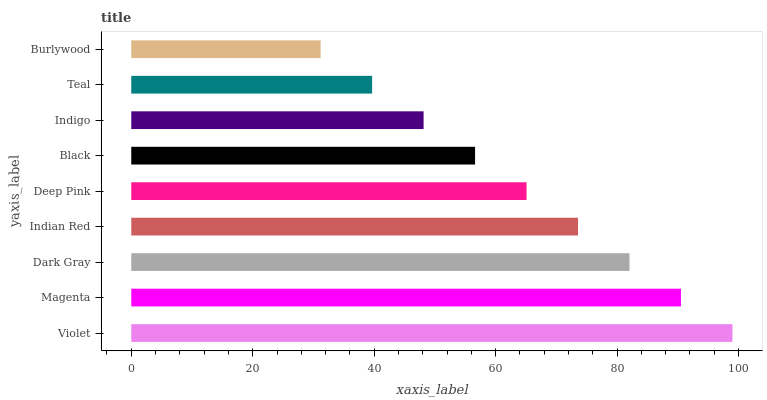
| yaxis_label | bars |
 | --- | --- |
 | Violet | 99 |
 | Magenta | 90.5 |
 | Dark Gray | 82 |
 | Indian Red | 73.6 |
 | Deep Pink | 65.1 |
 | Black | 56.6 |
 | Indigo | 48.1 |
 | Teal | 39.7 |
 | Burlywood | 31.2 |